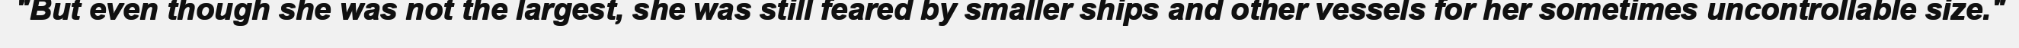
"But even though she was not the largest, she was still feared by smaller ships and other vessels for her sometimes uncontrollable size."